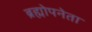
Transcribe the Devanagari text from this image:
ब्रह्मोपनेता